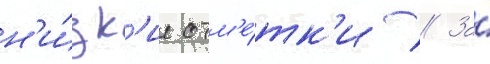
н'и́зк'ие отм'е́тк'и // За́